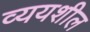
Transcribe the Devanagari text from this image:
व्ययशील